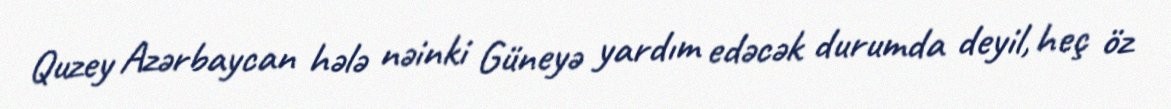
Quzey Azərbaycan hələ nəinki Güneyə yardım edəcək durumda deyil, heç öz